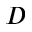
D